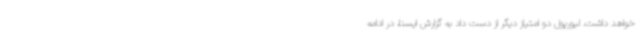
خواهد داشت. لیورپول دو امتیاز دیگر از دست داد به گزارش ایسنا، در ادامه